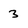
Character: 3